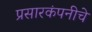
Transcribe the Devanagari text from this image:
प्रसारकंपनीचे